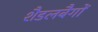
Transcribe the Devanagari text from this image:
शैडलबैगों